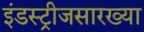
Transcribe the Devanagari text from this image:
इंडस्ट्रीजसारख्या